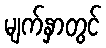
မျက်နှာတွင်